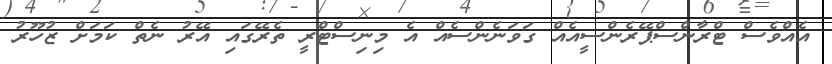
އެއްވެސް ޓްރާންސްޕޭރެންސީއެއް ގަވަނެންސެއް އެ މިނިސްޓްރީ ތެރޭގައި އޭރު ނެތް ކަމަށް ޒުހޫރު